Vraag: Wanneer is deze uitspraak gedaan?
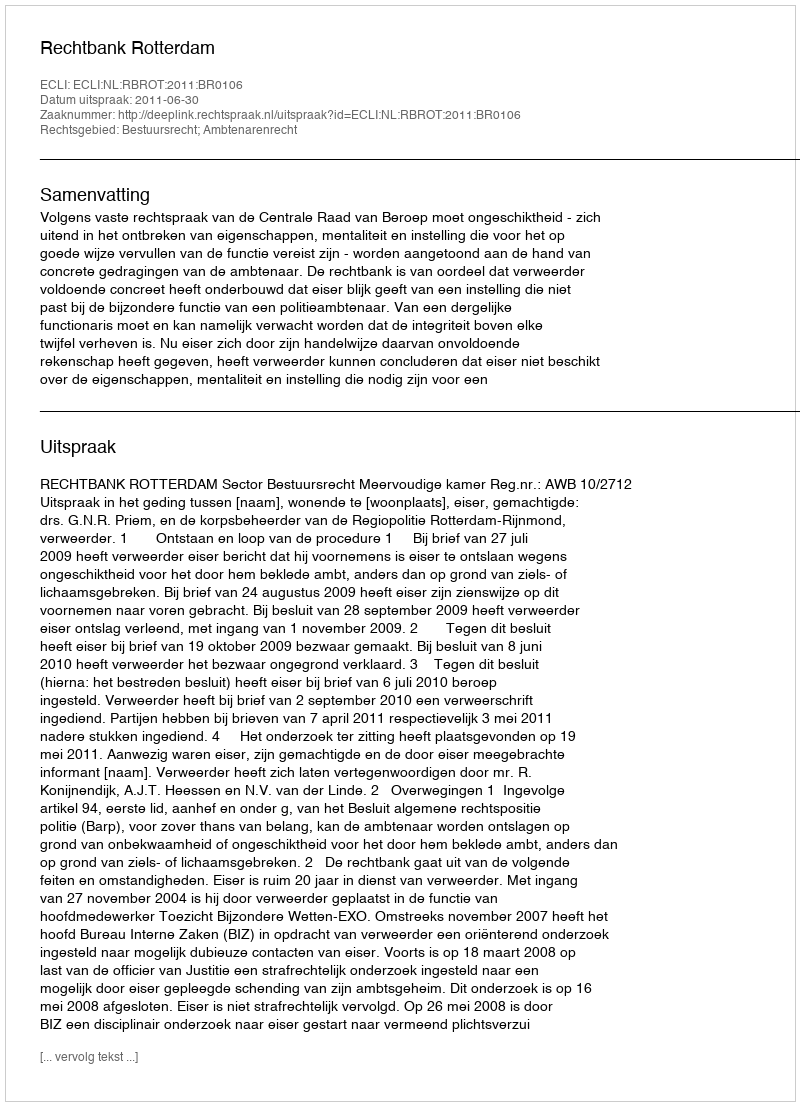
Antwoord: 2011-06-30